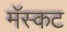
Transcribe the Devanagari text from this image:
मॅस्कट